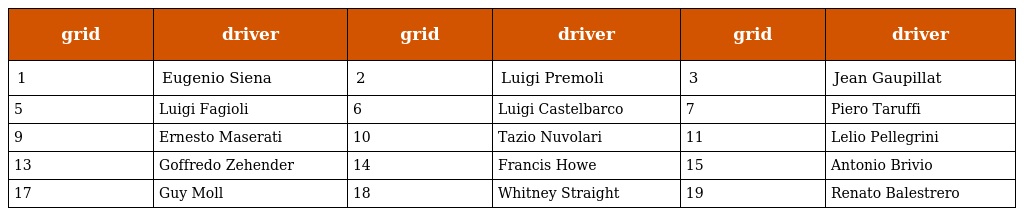
| grid | driver | grid | driver | grid | driver |
 | --- | --- | --- | --- | --- | --- |
 | 1 | Eugenio Siena | 2 | Luigi Premoli | 3 | Jean Gaupillat |
 | 5 | Luigi Fagioli | 6 | Luigi Castelbarco | 7 | Piero Taruffi |
 | 9 | Ernesto Maserati | 10 | Tazio Nuvolari | 11 | Lelio Pellegrini |
 | 13 | Goffredo Zehender | 14 | Francis Howe | 15 | Antonio Brivio |
 | 17 | Guy Moll | 18 | Whitney Straight | 19 | Renato Balestrero |